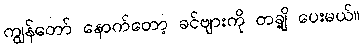
ကျွန်တော် နောက်တော့ ခင်ဗျားကို တချို့ ပေးမယ်။